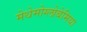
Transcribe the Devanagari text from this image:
मेथेमोग्लोबेमिया